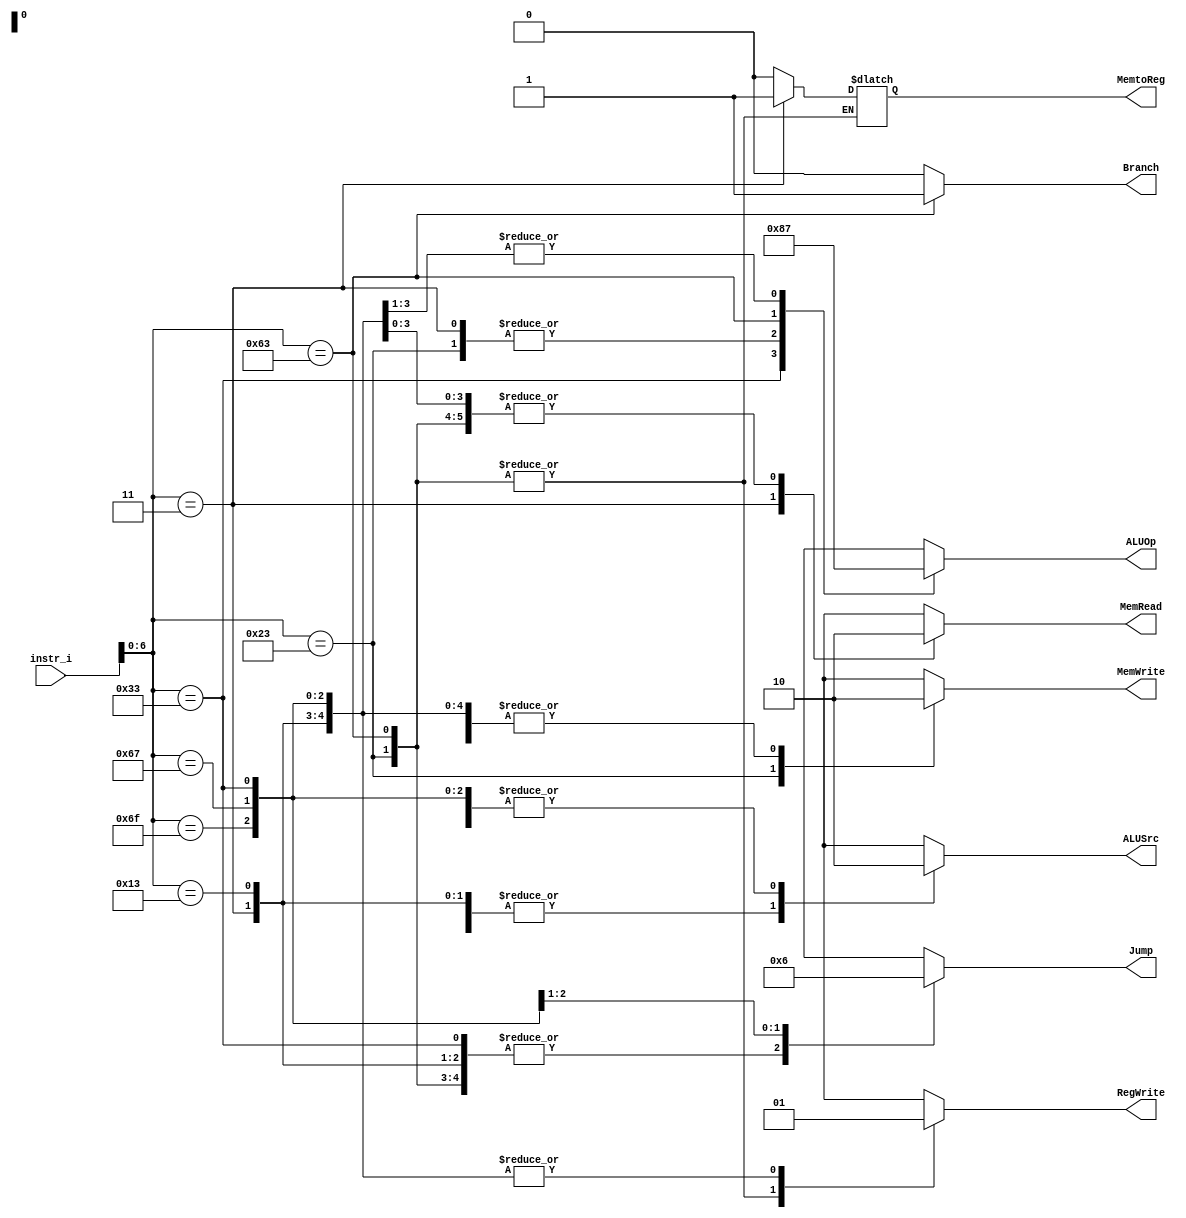
/***************************************************
Student Name: 
Student ID: 
***************************************************/

`timescale 1ns/1ps

module Decoder(
	input 		 [31:0] 	instr_i,
	output  reg		        ALUSrc,
	output  reg		        MemtoReg,
	output  reg  		        RegWrite,
	output  reg		        MemRead,
	output  reg		        MemWrite,
	output  reg		        Branch,
	output	reg	 [1:0]		ALUOp,
	output  reg	 [1:0]		Jump
	);


always@ * 
	begin
	case(instr_i[7-1:0]) 
		/* R-format */
		7'b0110011:
			begin
				ALUSrc <= 0; 
				MemtoReg <= 0; 
				RegWrite <= 1; 
				MemRead <= 0; 
				MemWrite <= 0; 
				Branch <= 0; 
				ALUOp <= 2'b10; 
				Jump <= 2'b00;
			end
		//Load
		7'b0000011:
			begin
				ALUSrc <= 1; 
				MemtoReg <= 1; 
				RegWrite <= 1; 
				MemRead <= 1; 
				MemWrite <= 0; 
				Branch <= 0; 
				ALUOp <= 2'b00; 
				Jump <= 2'b00;
			end
		/* S-type */
		7'b0100011:
			begin
				ALUSrc <= 1; 
				RegWrite <= 0; 
				MemRead <= 0; 
				MemWrite <= 1; 
				Branch <= 0; 
				ALUOp <= 2'b00; 
				Jump <= 2'b00;
			end
		/* SB-type */
		7'b1100011:
			begin
				ALUSrc <= 0; 
				RegWrite <= 0; 
				MemRead <= 0; 
				MemWrite <= 0; 
				Branch <= 1; 
				ALUOp <= 2'b01; 
				Jump <= 2'b00;
			end
		//Immediate
		7'b0010011:
			begin
				ALUSrc <= 1; 
				MemtoReg <= 0; 
				RegWrite <= 1; 
				MemRead <= 0; 
				MemWrite <= 0; 
				Branch <= 0; 
				ALUOp <= 2'b11; 
				Jump <= 2'b00;
			end

		// JAL
		7'b1101111:
			begin
				ALUSrc <= 0; 
				MemtoReg <= 0; 
				RegWrite <= 1; 
				MemRead <= 0; 
				MemWrite <= 0; 
				Branch <= 0; 
				ALUOp <= 2'b11; 
				Jump <= 2'b01;
			end
		// JALR 
		7'b1100111:
			begin
				ALUSrc <= 0; 
				MemtoReg <= 0; 
				RegWrite <= 1; 
				MemRead <= 0; 
				MemWrite <= 0; 
				Branch <= 0; 
				ALUOp <= 2'b11; 
				Jump <= 2'b10;
			end
		default: 
			begin
				ALUSrc <= 1'bx; 
				MemtoReg <= 1'b0; 
				RegWrite <= 1'bx; 
				MemRead <= 1'bx; 
				MemWrite <= 1'bx; 
				Branch <= 1'b0; 
				ALUOp <= 2'bxx; 
				Jump <= 2'bxx;
			end
	endcase
end


endmodule